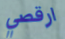
ارقصي